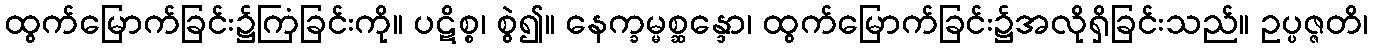
ထွက်မြောက်ခြင်း၌ကြံခြင်းကို။ ပဋိစ္စ၊ စွဲ၍။ နေက္ခမ္မစ္ဆန္ဒော၊ ထွက်မြောက်ခြင်း၌အလိုရှိခြင်းသည်။ ဥပ္ပဇ္ဇတိ၊